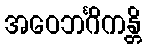
အဝေဘင်္ဂိကန္တိ